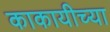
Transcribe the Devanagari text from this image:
काकायीच्या